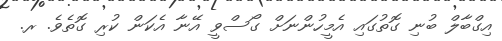
އިގްބާލް ބުނި ގޮތުގައި އެމީހުންނަށް ގޯސްވީ އޭނާ އެކަން ކުރި ގޮތެވެ. ރ.